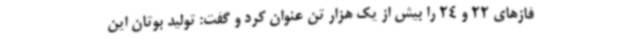
فازهای 22 و 24 را بیش از یک هزار تن عنوان کرد و گفت: تولید بوتان این